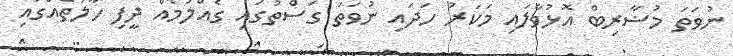
ނުވަތަ މުޟާރިބް އޮޅުވާލައި މަކަރު ހަދައި ނުވަތަ ގަސްތުގައި ގެއްލުމެއް ދީފި ހާލަތެއްގައި